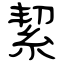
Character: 絜